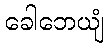
ခေါဘေယျံ